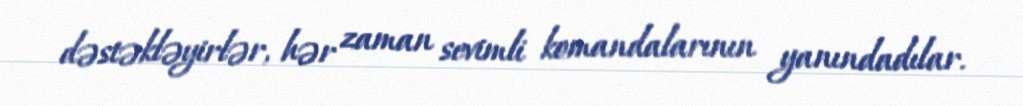
dəstəkləyirlər, hər zaman sevimli komandalarının yanındadılar.